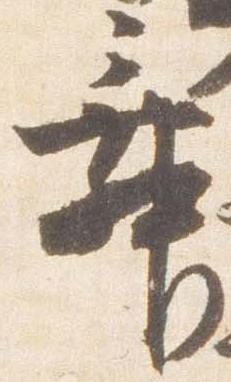
舞